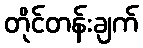
တိုင်တန်းချက်